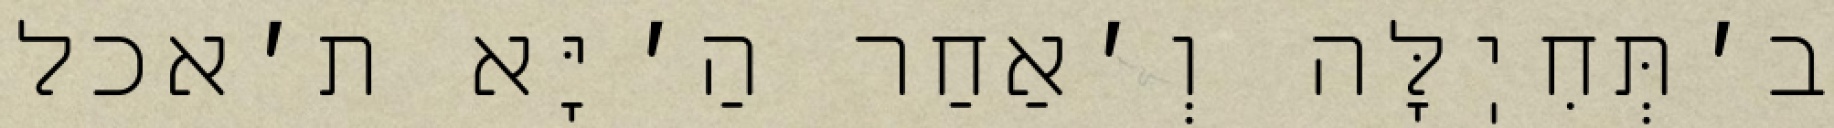
ב׳תְּחִיֽלָּה וְ׳אַחַר הַ׳יָּא ת׳אכל